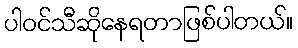
ပါဝင်သီဆိုနေရတာဖြစ်ပါတယ်။